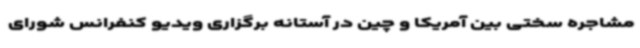
مشاجره سختی بین آمریکا و چین در آستانه برگزاری ویدیو کنفرانس شورای